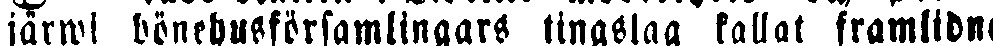
järwi bönehusförsamlingars tingslag kallat framlidne